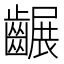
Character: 𪙕